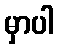
မှာပါ